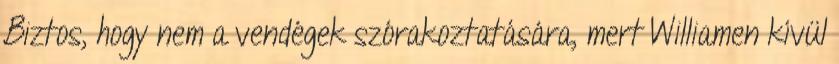
Biztos, hogy nem a vendégek szórakoztatására, mert Williamen kívül